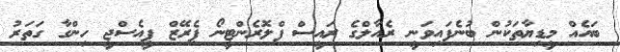
ބައެއް މީޑިޔާތަކުން ބުނެފައިވަނީ ރެއާލްގެ ރައީސް ފްލޮރެންޓީނޯ ޕެރޭޒް ޕީއެސްޖީ ހިންގާ ގަތަރު